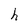
Character: h